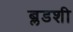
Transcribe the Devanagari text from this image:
ब्लडशी